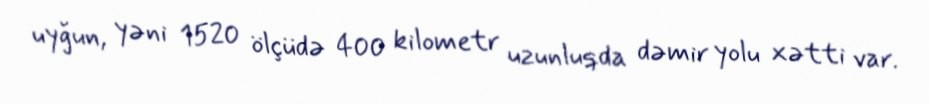
uyğun, yəni 1520 ölçüdə 400 kilometr uzunluqda dəmir yolu xətti var.